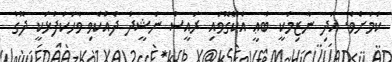
ކަމަށެވެ. އަދި ނާޒިމަކީ ބާޢީ އެކޭގޮވައި ރައީސް ނަޝީދު ދެއްކެވި ވާހަކަފުޅަކީ ދޮގު